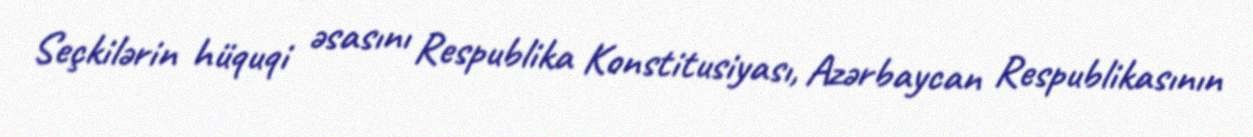
Seçkilərin hüquqi əsasını Respublika Konstitusiyası, Azərbaycan Respublikasının